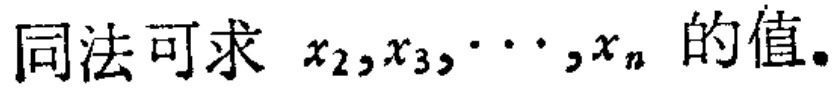
同法可求 \(x_{2},x_{3},\cdots,x_{n}\) 的值。